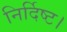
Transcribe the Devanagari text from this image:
निर्दिष्ट।